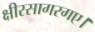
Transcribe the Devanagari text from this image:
क्षीरसागरगए।